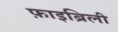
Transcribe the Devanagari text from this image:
फ़ाइब्रिली